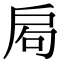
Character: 𢩁